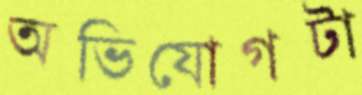
অভিযোগটা